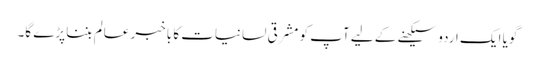
گویا ایک اردو سیکھنے کے لیے آپ کو مشرقی لسانیات کا باخبر عالم بننا پڑے گا۔